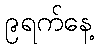
၉ရက်နေ့